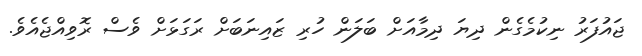
ޖައުފަރު ނިކުމެގެން ދިޔަ ދިމާއަށް ބަލަން ހުރި ޒައިނަބަށް ރަގަޅަށް ވެސް ރޮވިއްޖެއެވެ.